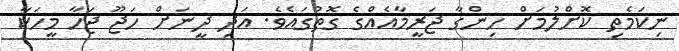
ނިކަމެތި ކޮށްލުމަށް ހިންގާ ޖަރީމާއެއްގެ ގޮތުގައެވެ. އަދި ދީނަށް ހަޖޫ ޖަހާ މީހަކާ